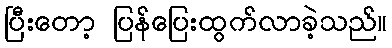
ပြီးတော့ ပြန်ပြေးထွက်လာခဲ့သည်။